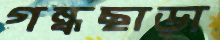
গন্ধছাড়া